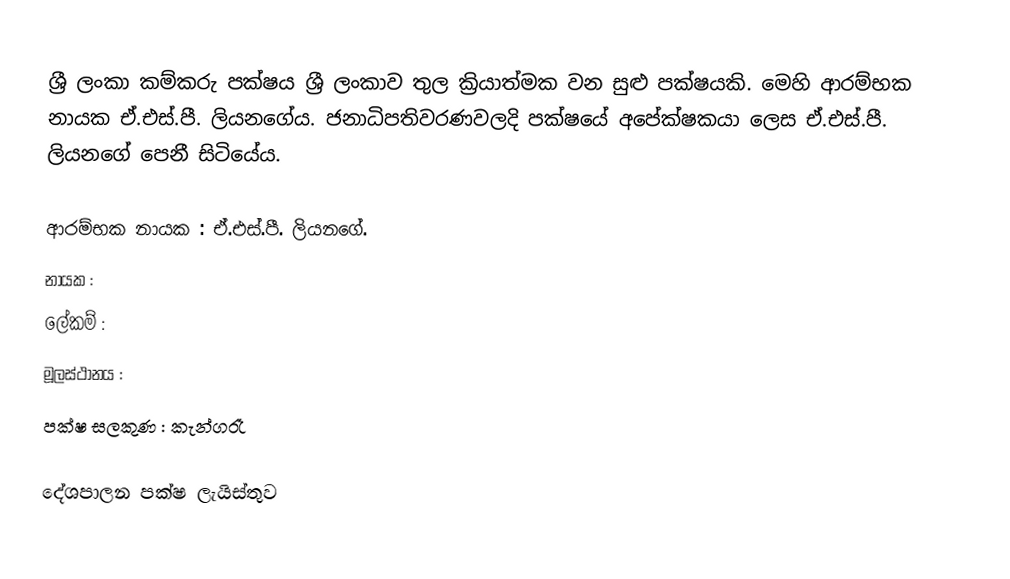
ශ්‍රී ලංකා කම්කරු පක්ෂය  ශ්‍රී ලංකාව තුල ක්‍රියාත්මක වන සුළු පක්ෂයකි. මෙහි ආරම්භක නායක ඒ.එස්.පී. ලියනගේය.  ජනාධිපතිවරණවලදි පක්ෂයේ අපේක්ෂකයා ලෙස  ඒ.එස්.පී. ලියනගේ පෙනී සිටියේය.

 ආරම්භක නායක : ඒ.එස්.පී. ලියනගේ.
 නායක :
 ලේකම් :
 මූලස්ථානය :
 පක්ෂ සලකුණ : කැන්ගරෑ

දේශපාලන පක්ෂ ලැයිස්තුව